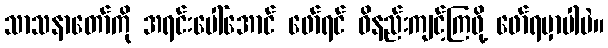
သာသနာတော်ကို အရင်းပေါ်အောင် ဖော်ရင် ဝိနည်းကျင့်ကြဖို့ ဖော်ရမှာပါပဲ။